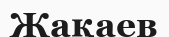
Жақаев